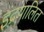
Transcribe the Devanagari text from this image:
इंद्रपालित